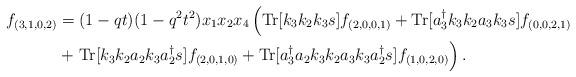
LaTeX: \begin{align*}f_{(3,1,0,2)}&=(1-q t) (1-q^{2} t^{2}) x_1 x_2 x_4\left({\rm Tr} [ k_3 k_2 k_3 s ] f_{(2,0,0,1)}+{\rm Tr} [ a_3^\dag k_3 k_2 a_3 k_3 s] f_{(0,0,2,1)}\right. \\&+\left.{\rm Tr} [ k_3 k_2 a_2 k_3 a_2^\dag s] f_{(2,0,1,0)} +{\rm Tr} [ a_3^\dag a_2 k_3 k_2 a_3 k_3 a_2^\dag s] f_{(1,0,2,0)}\right).\end{align*}